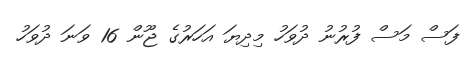
ފަސް މަސް ފުރުނު ދުވަހު މިދިޔަ އަހަރުގެ ޖޫން 16 ވަނަ ދުވަހު